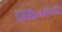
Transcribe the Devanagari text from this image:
स्किनहेडों